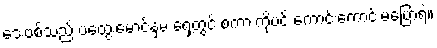
ဒေးဗစ်သည် ပထွေးမောင်နှမ ရှေ့တွင် စကားကိုပင် ကောင်းကောင်းမပြောရဲ။